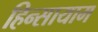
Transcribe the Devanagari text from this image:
हिन्सायाम